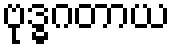
ဗုဒ္ဓဂတာယ